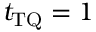
t _ { \mathrm { T Q } } = 1